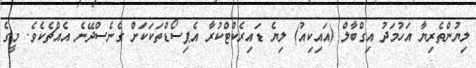
ލިޔުންތެރިޔާ އަހުމަދު އިގްބާލް (އައިކިއު) ލިޔެ ޑައިރެކްޓްކުރާ އެޕިސޯޑްތަކަކަށް ގެނެސްދޭނެ އެއްޗެކެވެ. މީގެ